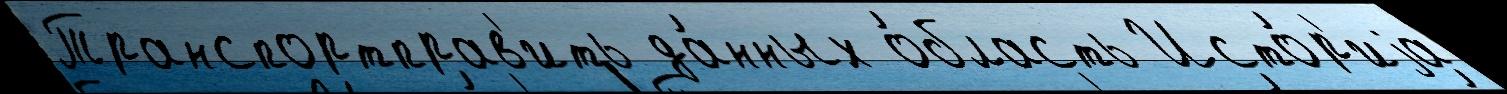
Транспортправ'ить да́нных о́бласть Исто́р'иjа